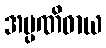
အပ္ပဏိဓာယ